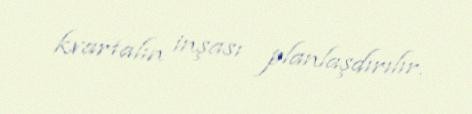
kvartalın inşası planlaşdırılır.